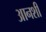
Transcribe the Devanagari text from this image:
आनशी